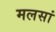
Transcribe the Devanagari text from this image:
मलसां